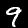
Label: 9